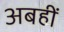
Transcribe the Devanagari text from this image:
अबहीं